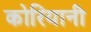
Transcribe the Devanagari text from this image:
कोरियानी